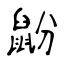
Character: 鼢